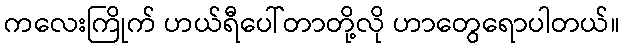
ကလေးကြိုက် ဟယ်ရီပေါ်တာတို့လို ဟာတွေရောပါတယ်။